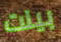
بيلت